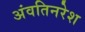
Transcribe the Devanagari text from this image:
अंवतिनरेश